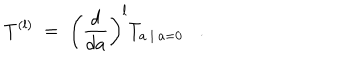
T ^ { ( l ) } \; = \; \left( \frac { d } { d a } \right) ^ { l } T _ { a \: | \: a = 0 } .